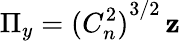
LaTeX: \Pi_{y}={(C_{n}^{2})}^{3/2}\, \mathbf{z}